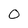
Character: 0